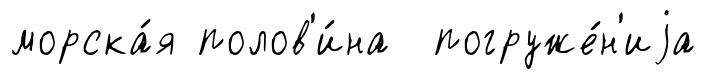
морска́я полов'и́на погруже́н'иjа